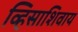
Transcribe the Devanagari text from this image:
व्हिसाशिवाय